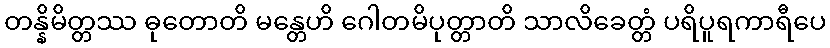
တန္နိမိတ္တဿ ဓုတောတိ မန္တေဟိ ဂေါတမိပုတ္တာတိ သာလိခေတ္တံ ပရိပူရကာရီပေ